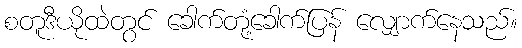
စတူဒီယိုထဲတွင် ခေါက်တုံ့ခေါက်ပြန် လျှောက်နေသည်။